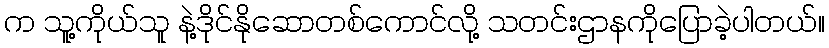
က သူ့ကိုယ်သူ နဲ့ဒိုင်နိုဆောတစ်ကောင်လို့ သတင်းဌာနကိုပြောခဲ့ပါတယ်။